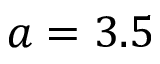
a = 3 . 5